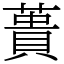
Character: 蕢